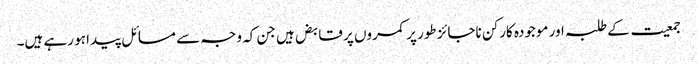
جمعیت کے طلبہ اور موجودہ کارکن ناجائز طور پر کمروں پر قابض ہیں جن کہ وجہ سے مسائل پیدا ہو رہے ہیں۔